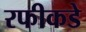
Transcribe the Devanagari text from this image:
रफीकडे